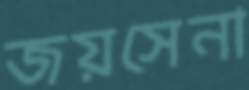
জয়সেনা